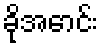
ခိုအောင်း